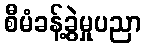
စီမံခန့်ခွဲမှုပညာ